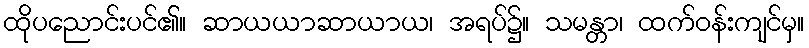
ထိုပညောင်းပင်၏။ ဆာယယာဆာယာယ၊ အရပ်၌။ သမန္တာ၊ ထက်ဝန်းကျင်မှ။